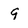
Character: 9